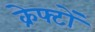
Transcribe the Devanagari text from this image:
क्रेफ्टों